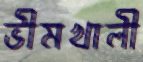
ভীমখালী